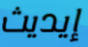
إيديث